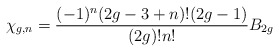
\begin{align*}\chi_{g,n} = { (-1)^n ( 2 g - 3 + n ) ! ( 2 g - 1 ) \over ( 2 g ) ! n ! }B_{2g}\end{align*}